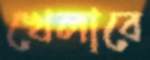
খেলাবে